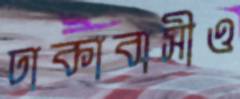
ঢাকাবাসীও